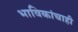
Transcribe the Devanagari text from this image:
भाविकांचाही